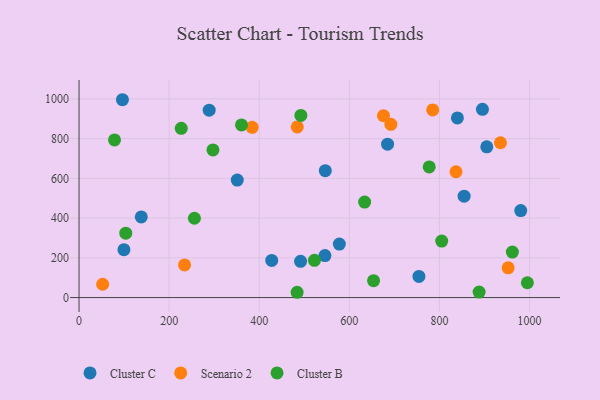
{"axis": {"x": "Engine Size", "y": "Profit"}, "legend": ["Cluster B", "Cluster C", "Scenario 2"], "data": [{"x": "351.2", "y": 591.3, "type": "Cluster C"}, {"x": "895.4", "y": 947.8, "type": "Cluster C"}, {"x": "427.7", "y": 186.9, "type": "Cluster C"}, {"x": "138.2", "y": 406.1, "type": "Cluster C"}, {"x": "577.8", "y": 269.4, "type": "Cluster C"}, {"x": "684.8", "y": 772.0, "type": "Cluster C"}, {"x": "491.7", "y": 182.6, "type": "Cluster C"}, {"x": "980.4", "y": 437.8, "type": "Cluster C"}, {"x": "96.4", "y": 995.9, "type": "Cluster C"}, {"x": "905.0", "y": 758.8, "type": "Cluster C"}, {"x": "839.8", "y": 904.1, "type": "Cluster C"}, {"x": "545.8", "y": 211.3, "type": "Cluster C"}, {"x": "754.4", "y": 106.2, "type": "Cluster C"}, {"x": "288.9", "y": 943.4, "type": "Cluster C"}, {"x": "99.7", "y": 241.1, "type": "Cluster C"}, {"x": "854.7", "y": 510.6, "type": "Cluster C"}, {"x": "546.6", "y": 638.6, "type": "Cluster C"}, {"x": "836.7", "y": 633.2, "type": "Scenario 2"}, {"x": "935.4", "y": 779.3, "type": "Scenario 2"}, {"x": "675.7", "y": 915.5, "type": "Scenario 2"}, {"x": "692.1", "y": 872.2, "type": "Scenario 2"}, {"x": "52.4", "y": 67.1, "type": "Scenario 2"}, {"x": "384.3", "y": 856.9, "type": "Scenario 2"}, {"x": "234.2", "y": 164.1, "type": "Scenario 2"}, {"x": "785.0", "y": 944.6, "type": "Scenario 2"}, {"x": "484.4", "y": 858.8, "type": "Scenario 2"}, {"x": "952.4", "y": 149.8, "type": "Scenario 2"}, {"x": "633.9", "y": 480.7, "type": "Cluster B"}, {"x": "492.4", "y": 917.1, "type": "Cluster B"}, {"x": "777.2", "y": 657.6, "type": "Cluster B"}, {"x": "256.1", "y": 399.2, "type": "Cluster B"}, {"x": "653.7", "y": 85.2, "type": "Cluster B"}, {"x": "360.6", "y": 868.9, "type": "Cluster B"}, {"x": "78.8", "y": 793.6, "type": "Cluster B"}, {"x": "995.1", "y": 74.5, "type": "Cluster B"}, {"x": "297.3", "y": 743.2, "type": "Cluster B"}, {"x": "522.5", "y": 187.3, "type": "Cluster B"}, {"x": "888.0", "y": 27.7, "type": "Cluster B"}, {"x": "805.0", "y": 284.1, "type": "Cluster B"}, {"x": "103.8", "y": 323.9, "type": "Cluster B"}, {"x": "226.9", "y": 851.9, "type": "Cluster B"}, {"x": "961.8", "y": 229.1, "type": "Cluster B"}, {"x": "484.1", "y": 26.6, "type": "Cluster B"}]}